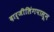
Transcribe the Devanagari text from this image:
दार्जीलिंगपासून